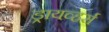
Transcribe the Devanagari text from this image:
ड्रायव्हर्स